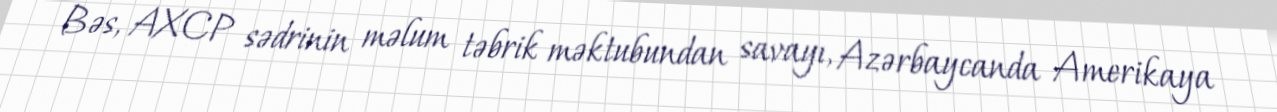
Bəs, AXCP sədrinin məlum təbrik məktubundan savayı, Azərbaycanda Amerikaya